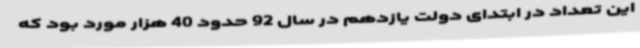
این تعداد در ابتدای دولت یازدهم در سال 92 حدود 40 هزار مورد بود که